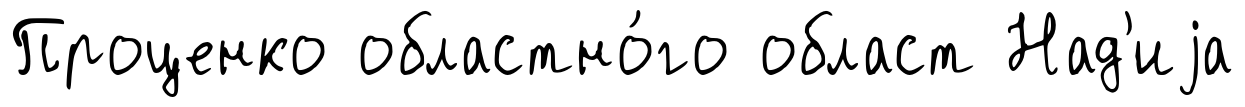
Проценко областно́го област Над'иjа